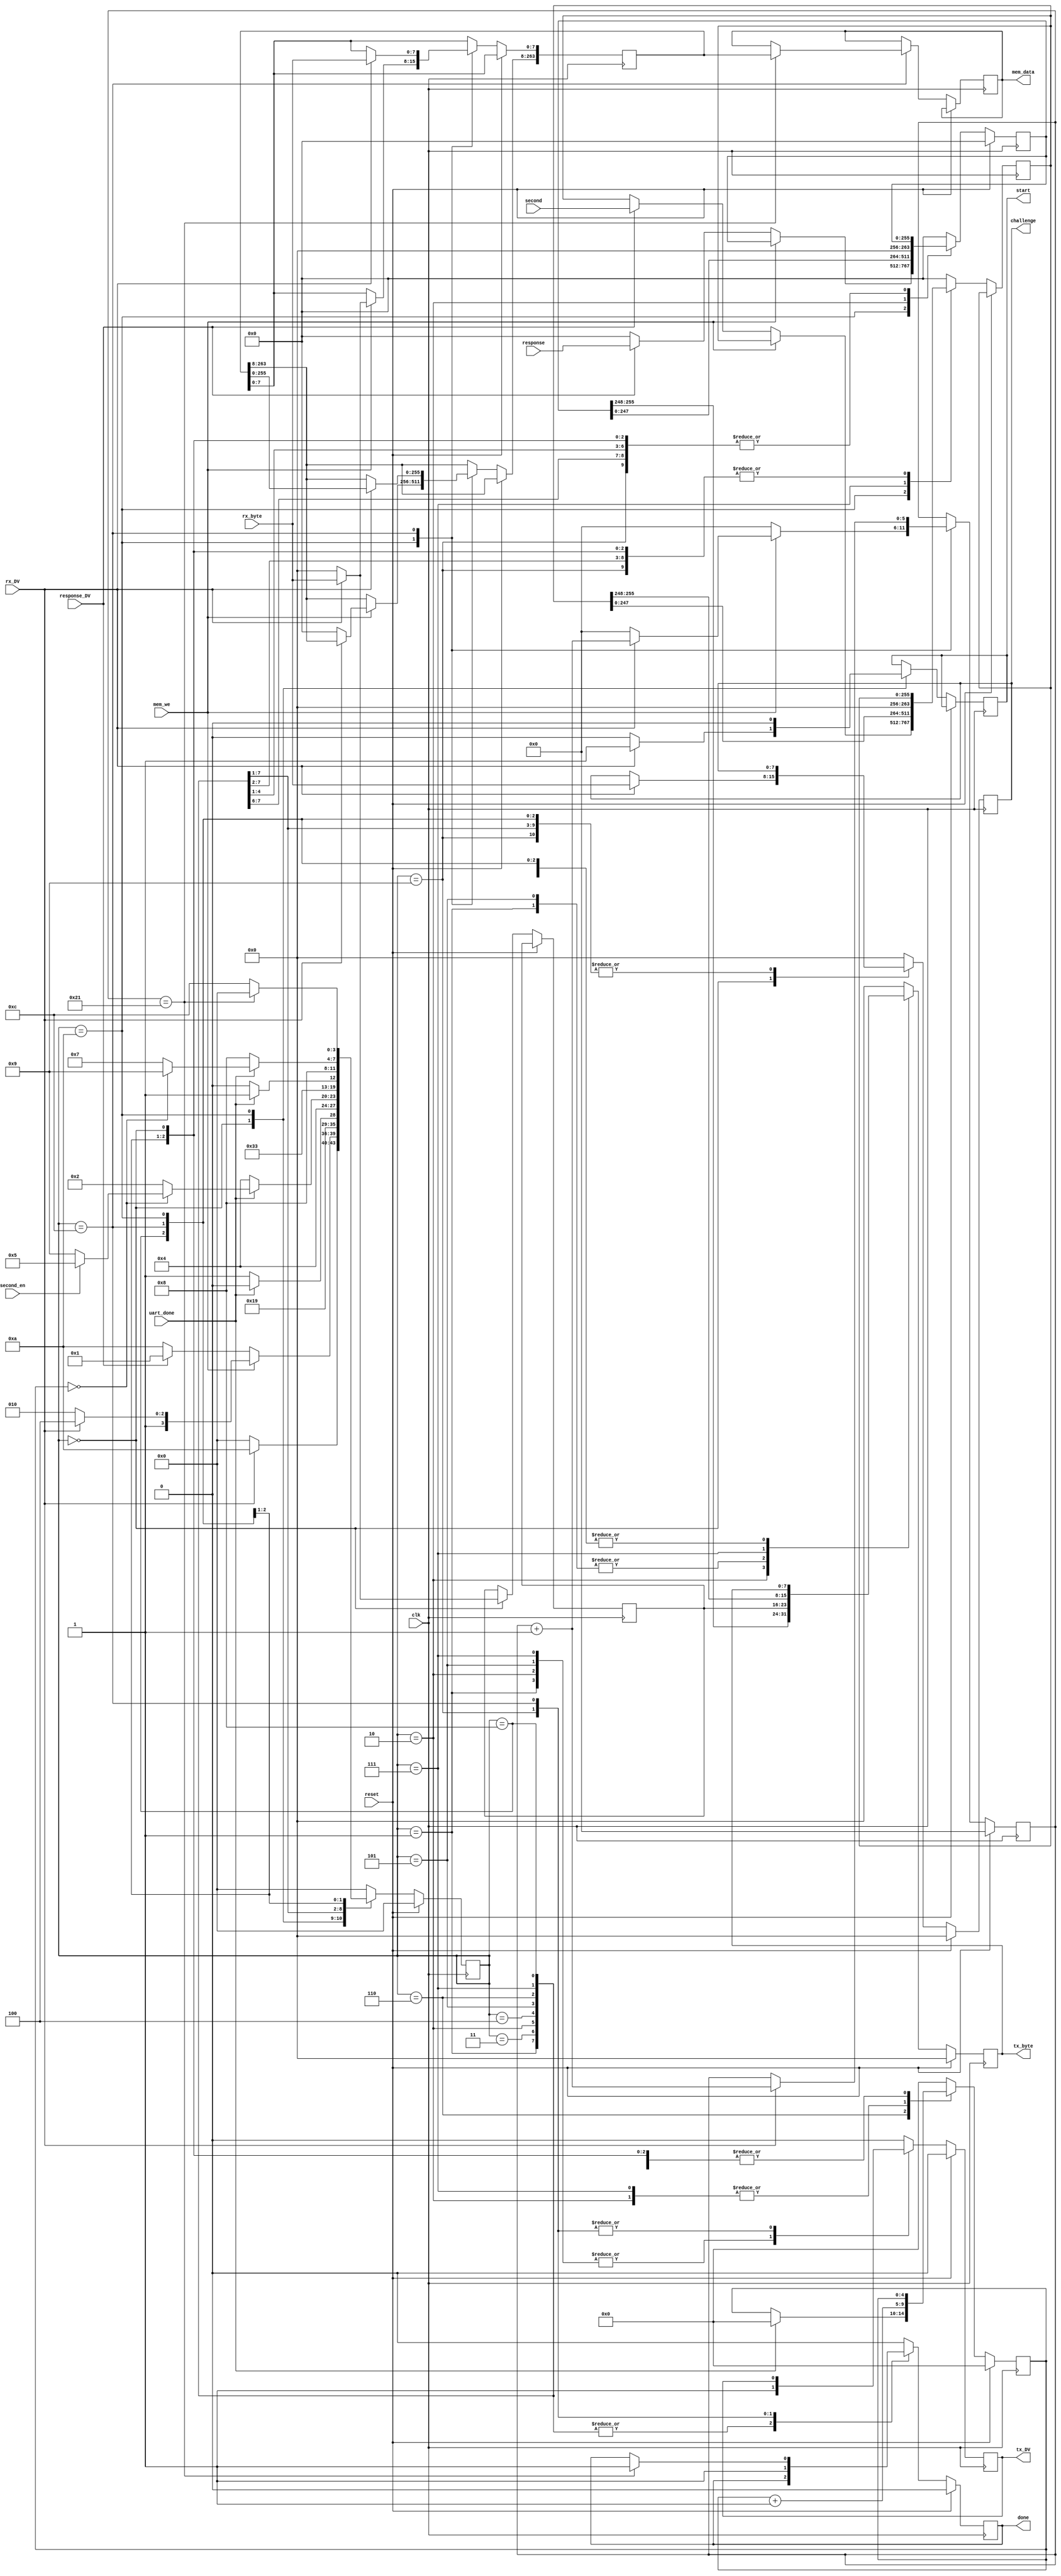
`timescale 1ns / 1ps
//////////////////////////////////////////////////////////////////////////////////
// Company: 
// Engineer: 
// 
// Design Name: 
// Module Name: uart_controller
// Project Name: 
// Target Devices: 
// Tool Versions: 
// Description: 
// 
// Dependencies: 
// 
// Revision:
// Revision 0.01 - File Created
// Additional Comments:
// 
//////////////////////////////////////////////////////////////////////////////////


module uart_controller(
    input clk,
    input reset,
    input [7:0] rx_byte,
    input rx_DV,
    input [255:0] response,
    input response_DV,
    input uart_done,
    input mem_we,
    output reg [7:0] challenge,
    output reg [7:0] tx_byte,
    output reg tx_DV,
    output reg done,
    output reg start,
    output reg [263:0] mem_data,
	/////////////////////////////
	input [255:0] second,
    input second_en  
	
    );
    
    // FSM State variables
    reg [3:0] state;
    parameter SLEEP=4'd0, SENDC=4'd1, SENDR=4'd2, WAITC=4'd3, WAITR=4'd4, SENDC2=4'd5, WAITC2=4'd6, SENDS=4'd7, WAITS=4'd8, END=4'd9, IDLE=4'd10, RECV=4'd11, RECV_MEM=4'd12;
    
    // Counter 0 to 31
    reg [4:0] counter;
    reg [5:0] counter_wm;
    
    reg [263:0] write_data;
    
    // Temp register
    reg [255:0] temp_response;
	reg [255:0] temp_second;
    reg [7:0] temp_challenge ;
    
    always@(posedge clk) begin
        if (reset) begin
            state <=SLEEP;
            tx_byte <= 8'd0;
            tx_DV <= 1'b0;
            done <= 1'b0;
            counter <= 5'b0;
            temp_response <= 256'b0;
            counter_wm <= 6'b0;
            challenge <= 8'b0;
        end
        else begin
            case (state)
                SLEEP: begin
                    tx_byte <= 8'd0;
                    tx_DV <= 1'b0;
                    done <= 1'b0;
                    if (rx_DV) begin
                        state <= IDLE;
                        temp_challenge <= rx_byte;
                        challenge <= rx_byte;
                        start <= 1'b1;
                    end else begin
                        state <= SLEEP;
                        temp_challenge <= 8'b0;
                        start <= 1'b0;
                    end
                end
                IDLE:   begin
                    tx_DV <= 1'b0;
                    counter <= 5'b0;
                    counter_wm <= 6'b0;
                    done <= 1'b0;
                    start <= 1'b0;
                    if (mem_we) begin
                        if (rx_DV) begin
                            state <= RECV_MEM;
                            write_data[7:0] <= rx_byte;
                            counter_wm <= counter_wm + 1;
                        end else begin
                            state <= IDLE;
                            write_data <= 264'b0;
                        end
                    end
                    else begin
                        if (response_DV) begin
                            state <= SENDC;
                            temp_response <= response;
							temp_second <= second;
                        end else begin
                            state <= IDLE;
                            temp_response <= 256'd0;
                        end
                    end
                end
                SENDC: begin
                    state <= WAITC;
                    tx_byte <= temp_challenge;
                    tx_DV <= 1'b1;                        
                end
                WAITC: begin
                    tx_DV <= 1'b0;
                    if (uart_done) begin
                        state <= SENDR;
                    end else begin
                        state <= WAITC;
                    end
                end
                SENDR:  begin
                    state <= WAITR;
                    tx_byte <= temp_response[255:248];
                    temp_response <= {temp_response[247:0],8'd0};
                    tx_DV <= 1'b1;
                    counter <= counter + 1;
                end
                WAITR:  begin
                    tx_DV <= 1'b0;
                    if (uart_done) begin
                        if (counter == 5'b0)
							if (second_en)
								state <= SENDC2;
							else
								state <= END;
                        else
                            state <= SENDR;
                    end else begin
                        state <= WAITR;
                    end
                end
				SENDC2:	begin
                    state <= WAITC2;
                    tx_byte <= temp_challenge;
                    tx_DV <= 1'b1;                        
                end
                WAITC2: begin
                    tx_DV <= 1'b0;
                    if (uart_done) begin
                        state <= SENDS;
						counter <= 0;
                    end else begin
                        state <= WAITC2;
                    end
                end
				SENDS:  begin
                    state <= WAITS;
                    tx_byte <= temp_second[255:248];
                    temp_second <= {temp_second[247:0],8'd0};
                    tx_DV <= 1'b1;
                    counter <= counter + 1;
                end
                WAITS:  begin
                    tx_DV <= 1'b0;
                    if (uart_done) begin
                        if (counter == 5'b0)
							state <= END;
                        else
                            state <= SENDS;
                    end else begin
                        state <= WAITS;
                    end
                end
                END:    begin
                    state <= SLEEP;
                    done <= 1'b1;
                end
                //-----------------------------------
                RECV_MEM: begin
                    if (rx_DV) begin
                        counter_wm <= counter_wm + 1;
                        write_data <= {write_data[255:0],rx_byte};
                    end
                    if (counter_wm == 33) begin
                        mem_data <= write_data;
                        state <= SLEEP;
                        done <= 1'b1;
                    end else 
                        state <= RECV_MEM;            
                end
                //-----------------------------------
                default: begin
                    state <= SLEEP;
                    tx_byte <= 8'd0;
                    tx_DV <= 1'b0;
                    done <= 1'b0;
                    counter <= 5'b0;
                    temp_response <= 256'b0;
					temp_second <= 256'b0;
                    challenge <= 8'b0;
                end
            endcase
        end
    end
	
    
endmodule